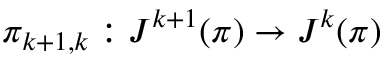
\pi _ { k + 1 , k } : J ^ { k + 1 } ( \pi ) \to J ^ { k } ( \pi )